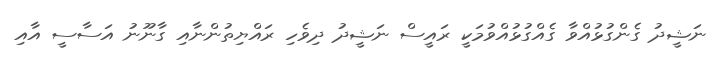
ނަޝީދު ގެންގުޅުއްވާ ގެއްގުޅުއްވުމަކީ ރައީސް ނަޝީދު ދިވެހި ރައްޔިތުންނާއި ގާނޫނު އަސާސީ އާއި